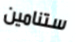
ستنامين